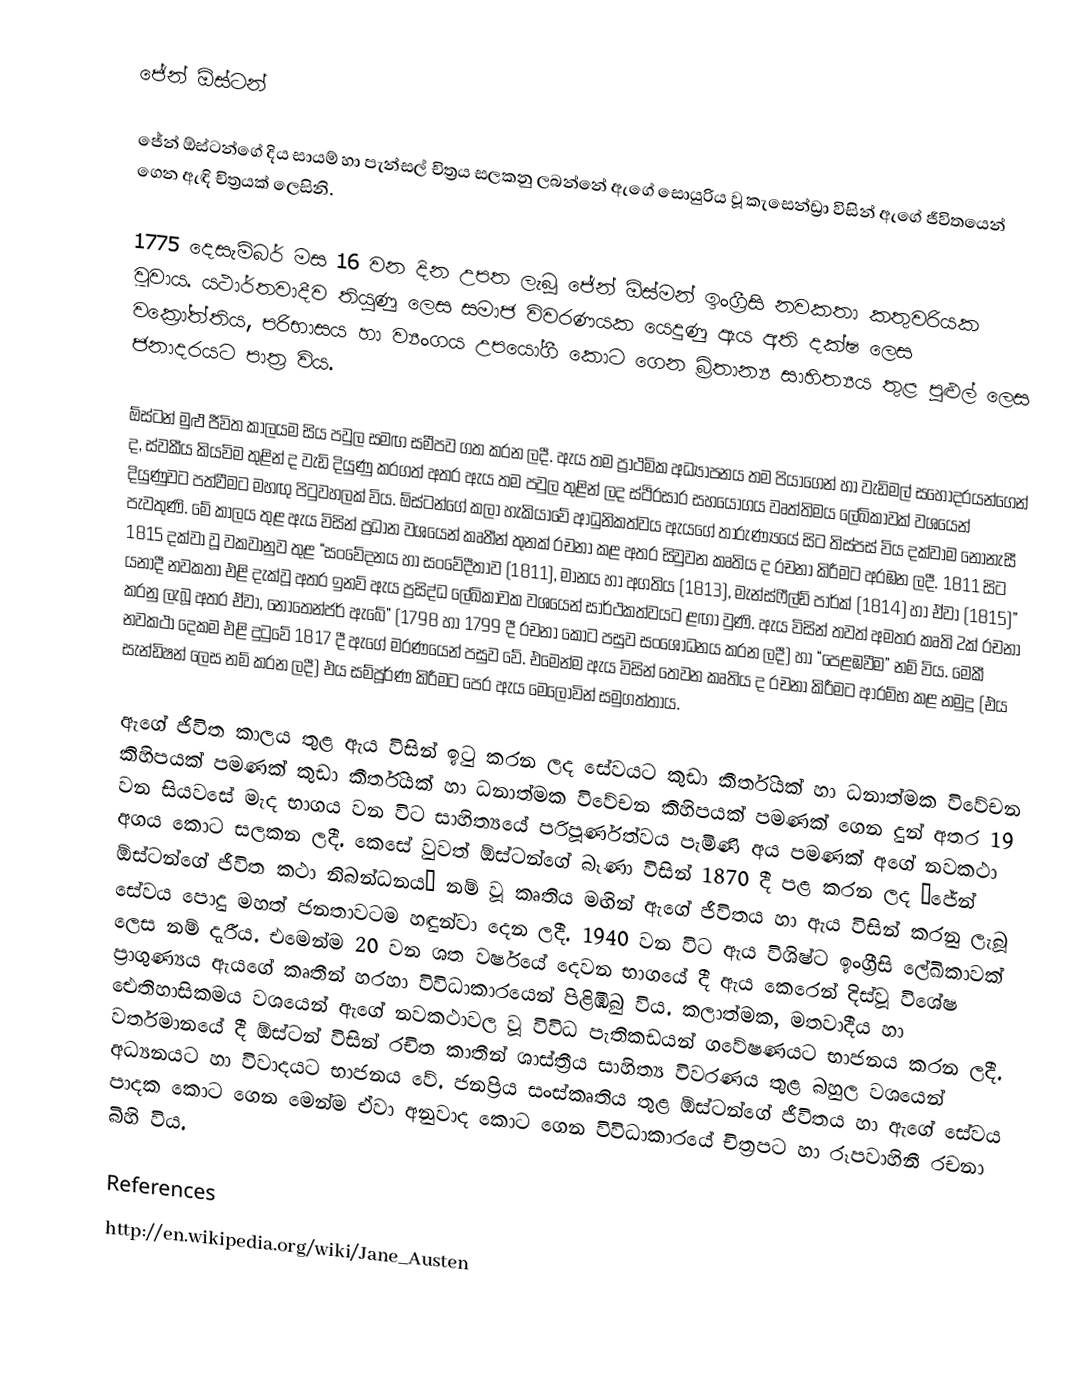
ජේන් ඕස්ටන්

ජේන් ඕස්ටන්ගේ දිය සායම් හා පැන්සල් චිත්‍රය සලකනු ලබන්නේ ඇගේ සොයුරිය වූ කැසෙන්ඩ්‍රා විසින් ඇගේ ජීවිතයෙන් ගෙන ඇඳි චිත්‍රයක් ලෙසිනි.

1775 දෙසැම්බර් මස 16 වන දින උපත ලැබූ ජේන් ඕස්මන් ඉංග්‍රීසි නවකතා කතුවරියක වූවාය. යථාර්තවාදීව තියුණු ලෙස සමාජ විවරණයක යෙදුණු ඇය අති දක්ෂ ලෙස වක්‍රෝත්තිය, පරිභාසය හා ව්‍යංගය උපයෝගී කොට ගෙන බ්‍රිතාන්‍ය සාහිත්‍යය තුළ පුළුල් ලෙස ජනාදරයට පාත්‍ර විය.

ඕස්ටන් මුළු ජීවිත කාලයම සිය පවුල සමඟ සමීපව ගත කරන ලදී. ඇය තම ප්‍රාථමික අධ්‍යාපනය තම පියාගෙන් හා වැඩිමල් සහෝදරයන්ගෙන් ද, ස්වකීය කියවිම තුළින් ද වැඩි දියුණු කරගත් අතර ඇය තම පවුල තුළින් ලද ස්ථිරසාර සහයෝගය වෘත්තිමය ලේඛිකාවක් වශයෙන් දියුණුවට පත්වීමට මහඟු පිටුවහලක් විය. ඕස්ටන්ගේ කලා හැකියාවේ ආධුනිකත්වය ඇයගේ තාරුණ්‍යයේ සිට තිස්පස් විය දක්වාම නොනැසී පැවතුණි. මේ කාලය තුළ ඇය විසින් ප්‍රධාන වශයෙන් කෘතීන් තුනක් රචනා කළ අතර සිවුවන කෘතිය ද රචනා කිරීමට අරඹන ලදී. 1811 සිට 1815 දක්වා වූ වකවානුව තුළ “සංවේදනය හා සංවේදීතාව (1811), මානය හා අගතිය (1813), මැන්ස්ෆීල්ඩ් පාර්ක් (1814) හා ඒවා (1815)” යනාදී නවකතා එළි දැක්වූ අතර ඉනව් ඇය ප්‍රසිද්ධ ලේඛිකාවක වශයෙන්  සාර්ථකත්වයට ළඟා වුණි. ඇය විසින් තවත් අමතර කෘති 2ක් රචනා කරනු ලැබූ අතර ඒවා, නොතෙන්ජර් ඇබේ” (1798 හා 1799 දී රචනා කොට පසුව සංශෝධනය කරන ලදී) හා “පෙළඹවීම” නම් විය. මෙකී නවකථා දෙකම එළි දුටුවේ 1817 දී ඇගේ මරණයෙන් පසුව වේ. එමෙන්ම ඇය විසින් තෙවන කෘතිය ද රචනා කිරීමට ආරම්භ කළ නමුදු (එය සැන්ඩිෂන් ලෙස නම් කරන ලදී) එය සම්පූර්ණ කිරීමට පෙර ඇය මෙලොවින් සමුගත්තාය.

ඇගේ ජීවිත කාලය තුළ ඇය විසින් ඉටු කරන ලද සේවයට කුඩා කීර්තියක් හා ධනාත්මක විවේචන කිහිපයක් පමණක් කුඩා කීර්තියක් හා ධනාත්මක විවේචන කිහිපයක් පමණක් ගෙන දුන් අතර 19 වන සියවසේ මැද භාගය වන විට සාහිත්‍යයේ පරිපූර්ණත්වය පැමිණි අය පමණක් අගේ නවකථා අගය කොට සලකන ලදී. කෙසේ වුවත් ඕස්ටන්ගේ බෑණා විසින් 1870 දී පළ කරන ලද “ජේන් ඕස්ටන්ගේ ජීවිත කථා නිබන්ධනය” නම් වූ කෘතිය මඟින් ඇගේ ජීවිතය හා ඇය විසින් කරනු ලැබූ සේවය පොදු මහත් ජනතාවටම හඳුන්වා දෙන ලදී. 1940  වන විට ඇය විශිෂ්ට ඉංග්‍රීසි ලේඛිකාවක් ලෙස නම් දැරීය. එමෙන්ම 20 වන ශත වර්ෂයේ දෙවන භාගයේ දී ඇය කෙරෙන් දිස්වූ විශේෂ ප්‍රාගුණ්‍යය ඇයගේ කෘතීන් හරහා විවිධාකාරයෙන් පිළිඹිබු විය. කලාත්මක, මතවාදීය හා ඓතිහාසිකමය වශයෙන් ඇගේ නවකථාවල වූ විවිධ පැතිකඩයන් ගවේෂණයට භාජනය කරන ලදී. වර්තමානයේ දී ඕස්ටන් විසින් රචිත කාතීන් ශාස්ත්‍රීය සාහිත්‍ය විවරණය තුළ බහුල වශයෙන් අධ්‍යනයට හා විවාදයට භාජනය වේ. ජනප්‍රිය සංස්කෘතිය තුළ ඕස්ටන්ගේ ජීවිතය හා ඇගේ සේවය පාදක කොට ගෙන මෙන්ම ඒවා අනුවාද කොට ගෙන විවිධාකාරයේ චිත්‍රපට හා රූපවාහිනී රචනා බිහි විය.

References
http://en.wikipedia.org/wiki/Jane_Austen